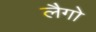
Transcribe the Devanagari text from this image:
लैगो